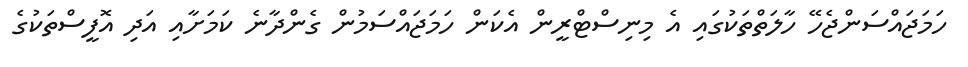
ހަމަޖައްސަންޖެހޭ ހާލަތްތަކުގައި އެ މިނިސްޓްރީން އެކަން ހަމަޖައްސަމުން ގެންދާނެ ކަމަށާއި އަދި އޮފީސްތަކުގެ